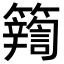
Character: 𮆽